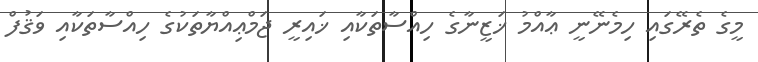
މީގެ ތެރޭގައި ހިމެނޭނީ ޢާއްމު ޚަޒީނާގެ ހިއްސާތަކާއި ޚައިރީ ޖަމްޢިއްޔާތަކުގެ ހިއްސާތަކާއި ވަޤުފް